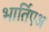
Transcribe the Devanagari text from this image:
भार्तिएअ